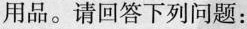
用品。请回答下列问题：